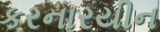
કરનારયીન